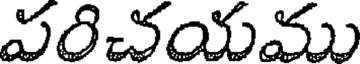
వరిచయము